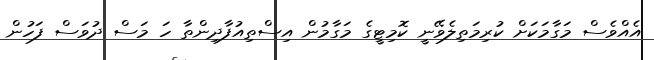
އެއްވެސް މަގާމަކަށް ކުރިމަތިލެވޭނީ ކޮމިޓީގެ މަގާމުން އިސްތިއުފާދިންތާ ހަ މަސް ދުވަސް ފަހުން